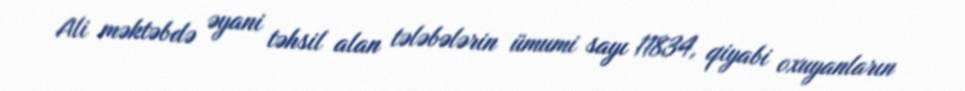
Ali məktəbdə əyani təhsil alan tələbələrin ümumi sayı 11834, qiyabi oxuyanların